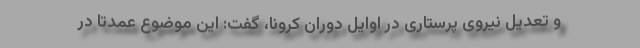
و تعدیل نیروی پرستاری در اوایل دوران کرونا، گفت: این موضوع عمدتا در